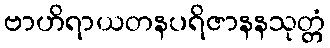
ဗာဟိရာယတနပရိဇာနနသုတ္တံ